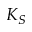
K _ { S }